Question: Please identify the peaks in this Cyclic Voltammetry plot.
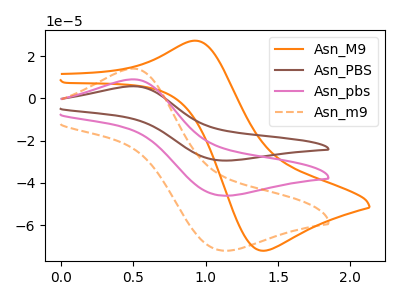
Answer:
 <answer>The orange curve "Asn_M9" has an anodic peak at (0.95V, 27.35uA) and a cathodic peak at (1.40V, -72.15uA). The brown curve "Asn_PBS" has an anodic peak at (0.50V, 18.05uA) and a cathodic peak at (1.10V, -92.10uA). The pink curve "Asn_pbs" has an anodic peak at (0.50V, 9.05uA) and a cathodic peak at (1.10V, -46.05uA). The orange dashed curve "Asn_m9" has an anodic peak at (0.50V, 14.15uA) and a cathodic peak at (1.10V, -72.10uA).</answer>
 <eval></eval>